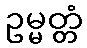
ဥမ္မတ္တံ